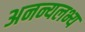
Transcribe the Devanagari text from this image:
अनन्यलभ्य